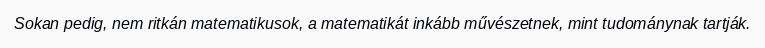
Sokan pedig, nem ritkán matematikusok, a matematikát inkább művészetnek, mint tudománynak tartják.